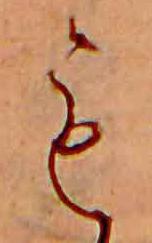
も